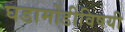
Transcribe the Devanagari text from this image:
घडामोडीविषयी